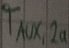
Text: TAUX,2a